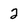
Character: 2